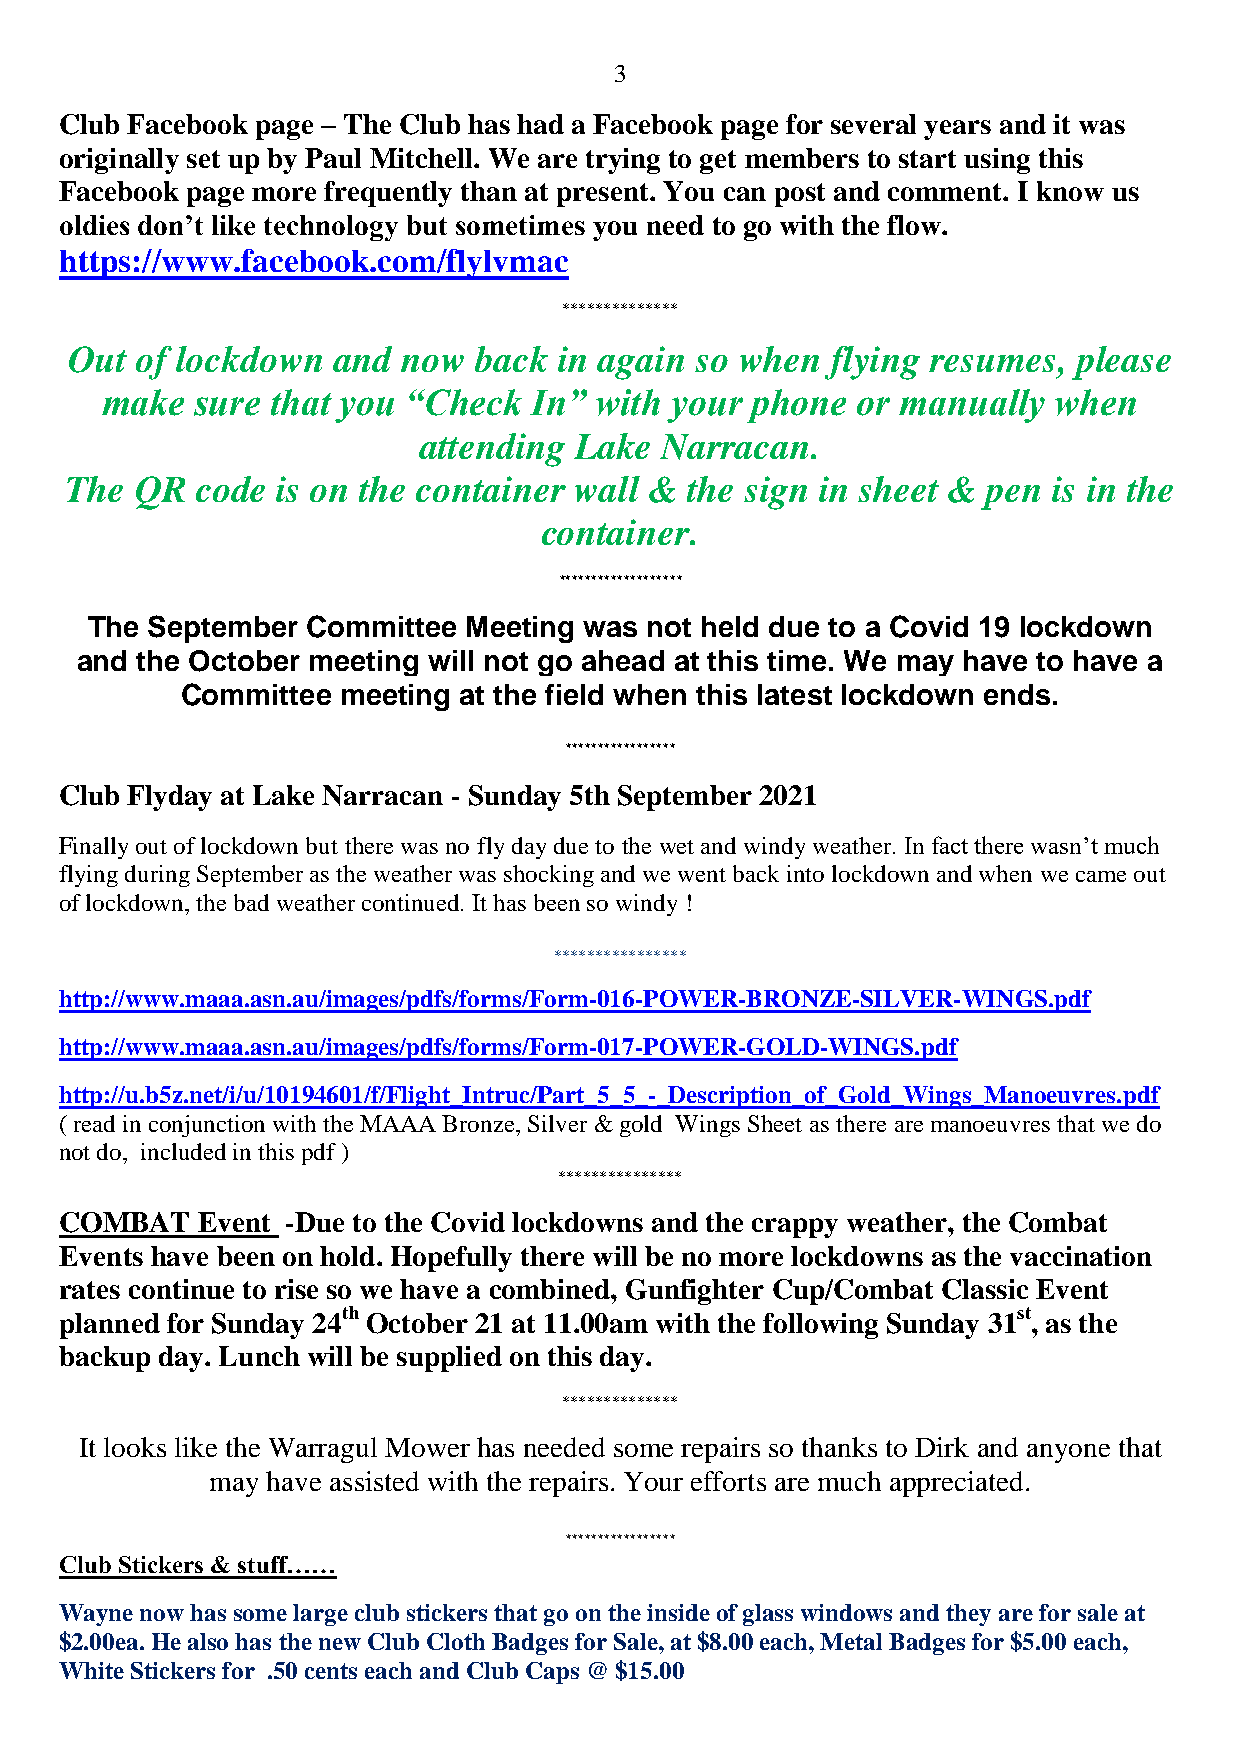
3
 Club Facebook page – The Club has had a Facebook page for several years and it was
 originally set up by Paul Mitchell. We are trying to get members to start using this
 Facebook page more frequently than at present. You can post and comment. I know us
 oldies don’t like technology but sometimes you need to go with the flow.
 https://www.facebook.com/flylvmac
 **************
 Out of lockdown  and  now back  in again so when  flying resumes, please
 make  sure that you “Check  In” with your  phone  or manually  when
 attending Lake  Narracan.
 The  QR  code is on the container wall & the sign in sheet & pen  is in the
 container.
 *******************
 The September Committee  Meeting was not held due to a Covid 19 lockdown
 and the October meeting will not go ahead at this time. We may have to have a
 Committee meeting at the field when this latest lockdown ends.
 *****************
 Club Flyday at Lake Narracan - Sunday 5th September 2021
 Finally out of lockdown but there was no fly day due to the wet and windy weather. In fact there wasn’t much
 flying during September as the weather was shocking and we went back into lockdown and when we came out
 of lockdown, the bad weather continued. It has been so windy !
 ****************
 http://www.maaa.asn.au/images/pdfs/forms/Form-016-POWER-BRONZE-SILVER-WINGS.pdf
 http://www.maaa.asn.au/images/pdfs/forms/Form-017-POWER-GOLD-WINGS.pdf
 http://u.b5z.net/i/u/10194601/f/Flight_Intruc/Part_5_5_-_Description_of_Gold_Wings_Manoeuvres.pdf
 ( read in conjunction with the MAAA Bronze, Silver & gold Wings Sheet as there are manoeuvres that we do
 not do, included in this pdf )
 ***************
 COMBAT   Event -Due to the Covid lockdowns and the crappy weather, the Combat
 Events have been on hold. Hopefully there will be no more lockdowns as the vaccination
 rates continue to rise so we have a combined, Gunfighter Cup/Combat Classic Event
 planned for Sunday 24th October 21 at 11.00am with the following Sunday 31st, as the
 backup day. Lunch will be supplied on this day.
 **************
 It looks like the Warragul Mower has needed some repairs so thanks to Dirk and anyone that
 may have assisted with the repairs. Your efforts are much appreciated.
 *****************
 Club Stickers & stuff……
 Wayne now has some large club stickers that go on the inside of glass windows and they are for sale at
 $2.00ea. He also has the new Club Cloth Badges for Sale, at $8.00 each, Metal Badges for $5.00 each,
 White Stickers for .50 cents each and Club Caps @ $15.00